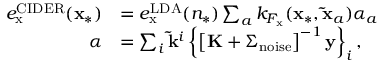
\begin{array} { r l } { e _ { \mathrm { x } } ^ { \mathrm { C I D E R } } ( \mathbf { x } _ { * } ) } & { = e _ { \mathrm { x } } ^ { \mathrm { L D A } } ( n _ { * } ) \sum _ { a } k _ { F _ { \mathrm { x } } } ( \mathbf { x } _ { * } , \mathbf { \tilde { x } } _ { a } ) \alpha _ { a } } \\ { \boldsymbol { \alpha } } & { = \sum _ { i } \mathbf { \tilde { k } } ^ { i } \left\{ \left[ \mathbf { K } + \Sigma _ { \mathrm { n o i s e } } \right] ^ { - 1 } \mathbf { y } \right\} _ { i } , } \end{array}